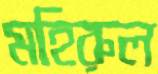
মহিরুল